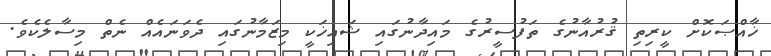
ޚާއްޞަކޮށް ކީރިތި ޤުރުއާނުގެ ތަފުސީރުގެ މައިދާނުގައި ޝައިޚަކީ މިޒަމާނުގައި ދެވަނައެއް ނެތް މިސާލެކެވެ.